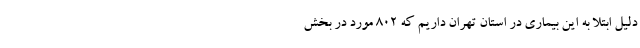
دلیل ابتلا به این بیماری در استان تهران داریم که ۸۰۲ مورد در بخش